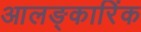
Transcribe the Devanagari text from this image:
आलङ्कारिंक